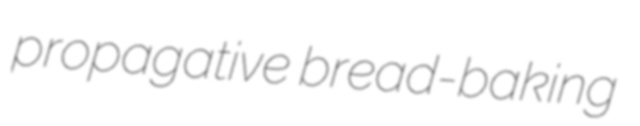
propagative bread-baking